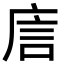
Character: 㢇